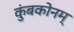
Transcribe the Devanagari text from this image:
कुंबकोनम्